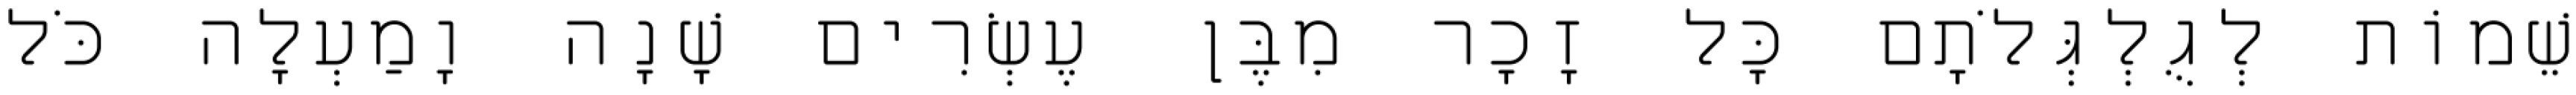
שֵׁמוֹת לְגֻלְגְּלֹתָם כָּל זָכָר מִבֶּן עֶשְׂרִים שָׁנָה וָמַעְלָה כֹּל